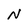
Character: N